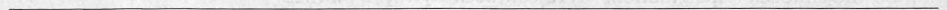
___